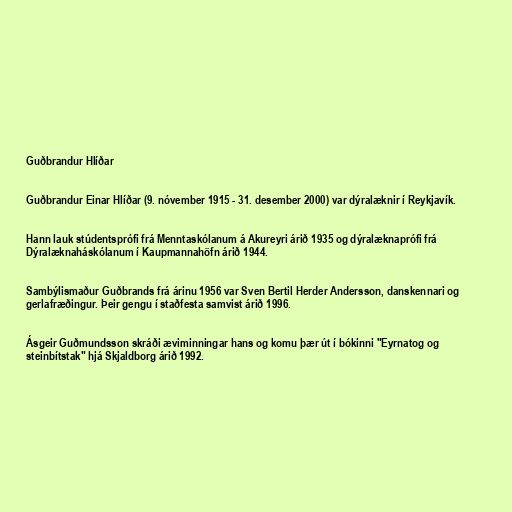
Guðbrandur Hlíðar

Guðbrandur Einar Hlíðar (9. nóvember 1915 - 31. desember 2000) var dýralæknir í Reykjavík.

Hann lauk stúdentsprófi frá Menntaskólanum á Akureyri árið 1935 og dýralæknaprófi frá
Dýralæknaháskólanum í Kaupmannahöfn árið 1944.

Sambýlismaður Guðbrands frá árinu 1956 var Sven Bertil Herder Andersson, danskennari og
gerlafræðingur. Þeir gengu í staðfesta samvist árið 1996.

Ásgeir Guðmundsson skráði æviminningar hans og komu þær út í bókinni "Eyrnatog og
steinbítstak" hjá Skjaldborg árið 1992.